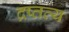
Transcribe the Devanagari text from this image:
द्रष्तव्य